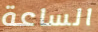
الساعة